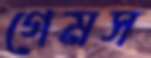
গেমস